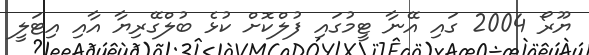
ޔޫރޯ 2004 ގައި އޭނާ ޓީމުގައި ފުލްކޮށް ކުޅެ ބުލްގޭރިޔާ އާއި އިޓަލީ